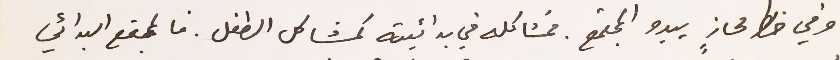
وفي خط محازٍ يبدو المجتمع. فمشاكله في بدائيته كمشاكل الطفل. فالمجتمع البدائي